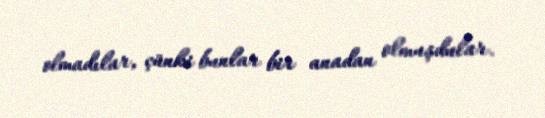
olmadılar, çünki bunlar bir anadan olmuşdular.